Heimtali_vallavalitsus, lk 3
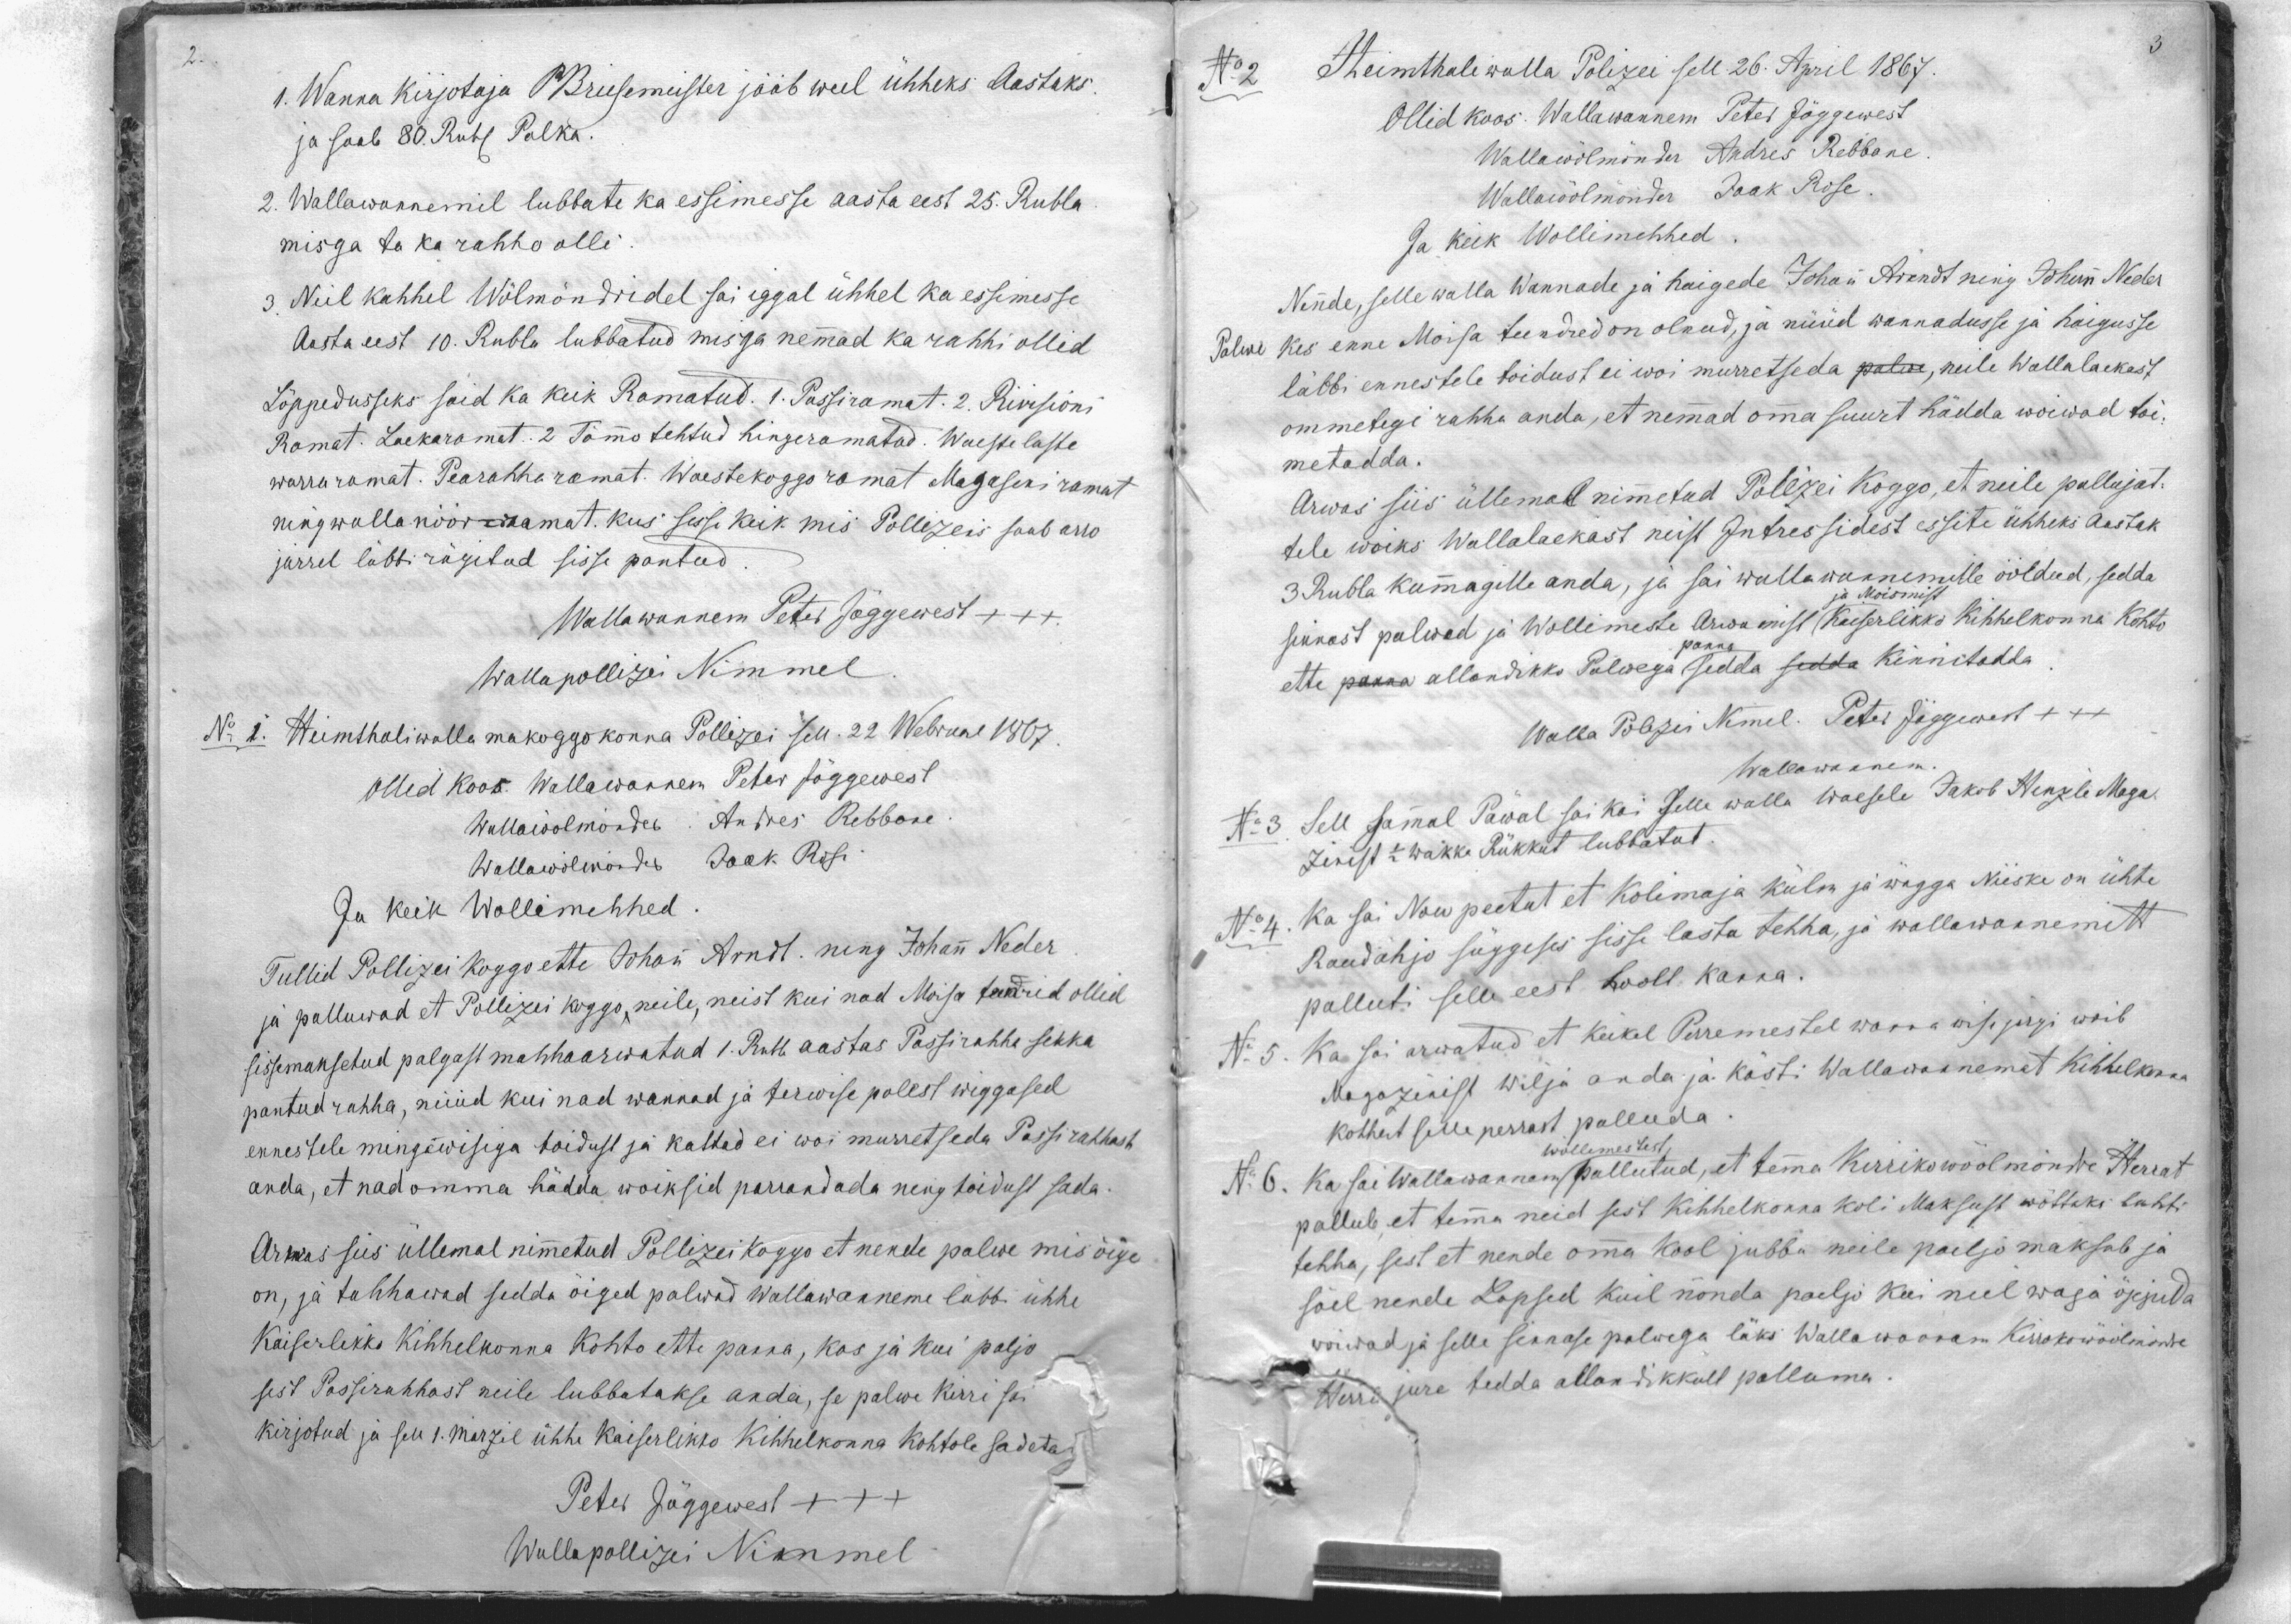
1. Wanna kirjotaja PBrusemeister jääb weel ühheks Aastaks
ja saab 80. Rub Palka.
2. Wallawannemil lubbate ka essimesse aasta eest 25. Rubla
misga ta ka rahho olli
3. Neil kahhel Wölmöndridel sai iggal ühhel ka essimesse
Aasta eest 10. Rubla lubbatud misga nemad ka rahhi ollid
Lõppedusseks said ka keik Ramatud. 1. Passiramat. 2. Rivisioni
Ramat. Laekaramat. 2 Tänno tehtud hingeramatud. Waeste laste
warraramat. Pearahha ramat. Waestekoggo ramat Magaseni ramat
ning walla nöör-ramat kus sessi keik mis Pollizeis saab arro
järrel läbbi rägitud sisse pantud.
Wallawanem Peter Jõggewest +++
Wallapollizei Nimmel
No. 1. Heimthaliwalla makoggokonna Pollizei sell 22 Webruar 1867
Ollid koos. Wallawannem Peter Jõggewest
Wallawölmönder Andres Rebbane
Wallawölmönder Jaak Risi
Ja keik Wollimehhed
Tullid Pollizei Koggo ette Johan Arndt ning Johan Neder
ja palluwad et Pollizei koggo, neile, neist kui nad Moisa teenrid ollid
sissemaksetud palgast mahhaarwatud 1. Rub aastas Passirahha sekka
pantud rahha, nüüd kui nad wannad ja terwise polest wiggased
ennestele mingiwisiga toidust ja kaltad ei woi murretseda Passi rahhast
anda, et nad omma hädda woiksid parrandada ning toidust sada
Arwas siis üllemal nimetud Pollizei koggo et nende palwe mis õige
on, ja tahhawad sedda õiged palwad wallawanema läbbi ühhe
Kaiserlikko kihhelkonna kohto ette panna, kas ja kui paljo
sest Passirahhast neile lubbatakse anda, se palwe Kirri sai
kirjotud ja sell 1. marzil ühhe Kaiserlikko Kihhelkonna kohtole sadeto
Peter Jõggewest +++
Wallapollizei Nimmel

No 2 Heimthali walla Polizei sell 26. April 1867.
Ollid koos: Wallawannem Peter Jõggewest
Wallawõlmönder Andres Rebbane
Wallawõlmõnder Jaak Rose
Ja keik Wollimehhed.
Nende, selle walla Wannade ja haigede Johan Arendt ning Johan Neder
Palwe kes enne Moisa teendred on olnud, ja nüüd wannadusse ja haigusse
läbbi ennestele toidust ei woi murretseda palwe, neile wallalaekast
ommetegi rahha anda, et nemad oma suurt hädda woiwad toi-
metadda.
Arwas siis üllemal nimetatud Polizei Koggo, et neile pallujat-
tele woiks Wallalaekast neist Intressidest essite ühheks aastak
3 Rubla kumagille anda, ja sai wallawanemille ööldud, sedda
sinnast palwed ja Wollimeste Arwamist Keiserlikko Kihhelkonna Kohto
ette panna allandikko Palwega sedda sedda kinnitadda
Walla Polizei Nimel. Peter Jõggewest +++
Wallawanem
Nr 3. Sell sammal Päwal sai ka: selle walla waesele Jakob Henzli Maga-
zinist 1/2 wakke Rükkut lubbatut.
Nr 4. Ka sai Nou peetut et Kolimaja külm ja wägga niiske on ühte
Raudahjo süggeses sisse lasta tehha, ja wallawannemitt
palluti selle eest hoolt kanna.
N: 5. Ka sai arwatud et keikel Perremestel wanna wisi järgi woib
Magazinist wilja anda ja kästi Wallawannemat Kihhelkonna
kohhut selle perrast palluda.
Nr 6. Ka sai wallawannem pallutud, et tema kirrikowöölmõndre Herrat
pallub, et temma neid sest Kihhelkonna koli Maksust wõttaks lahti
tehha, sest et nende oma Kool jubba neile paljo maksab ja
sääl nende Lapsed küil nõnda paljo kui neil waja õppida
woivad ja selle sinnase palwega läks Wallawannrm Kirrokowöölmundre
Herra jure tedda allandikkult palluma.